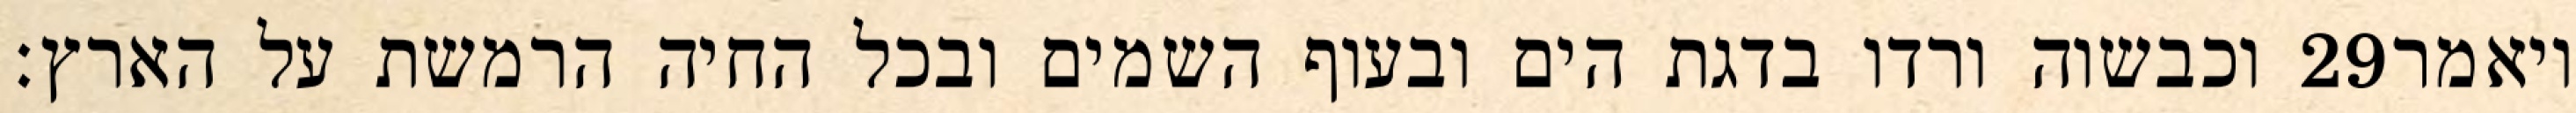
וכבשוה ורדו בדגת הים ובעוף השמים ובכל החיה הרמשת על הארץ׃ ‎29‏ ויאמר